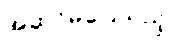
အဆင်မပြေသည့်